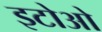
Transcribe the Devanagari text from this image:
इटोओ